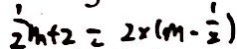
\frac { 1 } { 2 } m + 2 = 2 \times ( m - \frac { 1 } { 2 } )